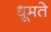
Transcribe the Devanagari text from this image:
धूमते